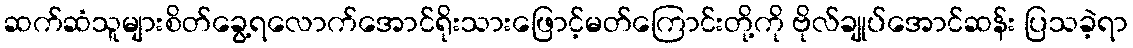
ဆက်ဆံသူများစိတ်ခွေ့ရလောက်အောင်ရိုးသားဖြောင့်မတ်ကြောင်းတို့ကို ဗိုလ်ချုပ်အောင်ဆန်း ပြသခဲ့ရာ